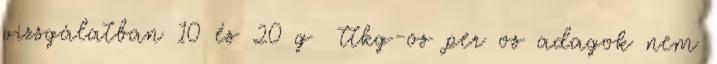
vizsgálatban 10 és 20 g ttkg-os per os adagok nem